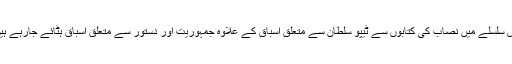
اس سلسلے میں نصاب کی کتابوں سے ٹیپو سلطان سے متعلق اسباق کے علاوہ جمہوریت اور دستور سے متعلق اسباق ہٹائے جارہے ہیں۔